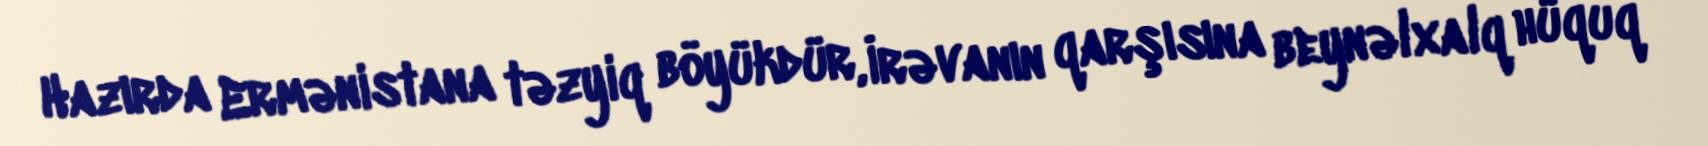
Hazırda Ermənistana təzyiq böyükdür, İrəvanın qarşısına beynəlxalq hüquq